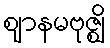
ဈာနမဗုဇ္ဈိ